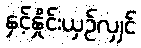
နှင့်နှိုင်းယှဉ်လျှင်